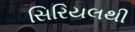
સિરિયલથી